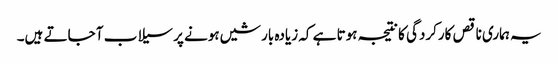
یہ ہماری ناقص کارکردگی کا نتیجہ ہوتا ہے کہ زیادہ بارشیں ہونے پر سیلاب آ جاتے ہیں۔